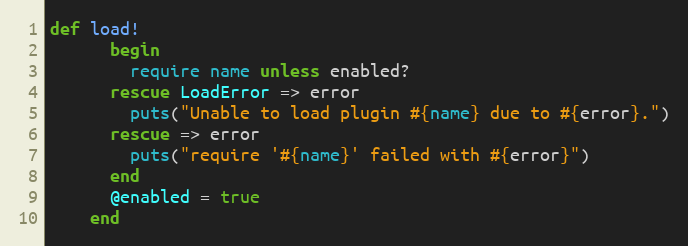
Language: Ruby
def load!
      begin
        require name unless enabled?
      rescue LoadError => error
        puts("Unable to load plugin #{name} due to #{error}.")
      rescue => error
        puts("require '#{name}' failed with #{error}")
      end
      @enabled = true
    end